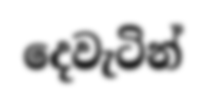
දෙවැටින්